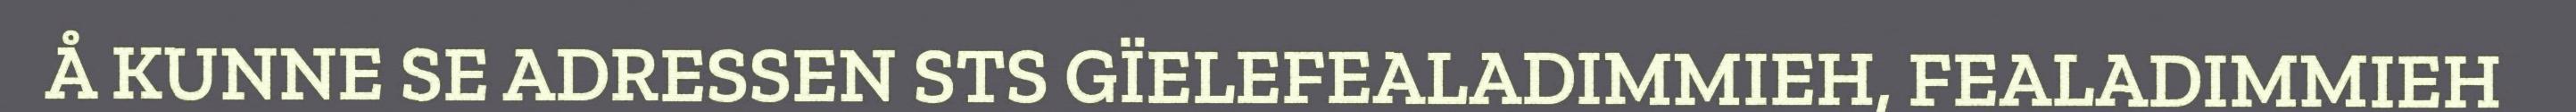
Å KUNNE SE ADRESSEN STS GÏELEFEALADIMMIEH, FEALADIMMIEH